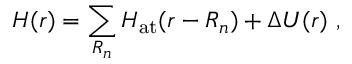
H ( { \boldsymbol { r } } ) = \sum _ { \boldsymbol { R _ { n } } } H _ { \mathrm { a t } } ( { \boldsymbol { r - R _ { n } } } ) + \Delta U ( { \boldsymbol { r } } ) \ ,